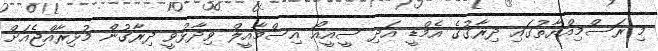
މި ރަސްމިއްޔާތުގައި ދިރާގުގެ އެމްޑީ އަދި ސީއީއޯ އިސްމާއީލް ވިދާޅުވީ ދިރާގުން މުޅިރާއްޖެއަށް